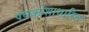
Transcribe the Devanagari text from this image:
पंचकोशाधारित